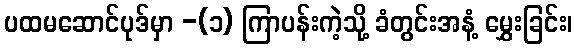
ပထမဆောင်ပုဒ်မှာ -(၁) ကြာပန်းကဲ့သို့ ခံတွင်းအနံ့ မွှေးခြင်း၊